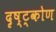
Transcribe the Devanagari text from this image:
दृष्ट्कोण